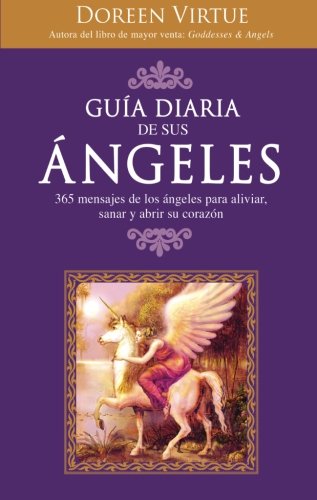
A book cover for GuÃ­a Diaria de Sus ÃEngeles: 365 mensages de los Ã¡ngeles para aliviar, sanar y abrir su corazÃ³n (Spanish Edition); Doreen Virtue; Religion & Spirituality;